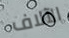
الآلاف